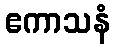
ဧကာသနံ